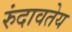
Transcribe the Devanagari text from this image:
रुंदावतेय